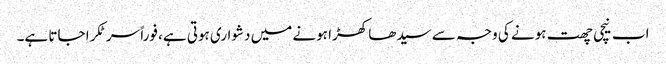
اب نیچی چھت ہونے کی وجہ سے سیدھا کھڑا ہونے میں دشواری ہوتی ہے، فوراً سر ٹکرا جاتا ہے۔